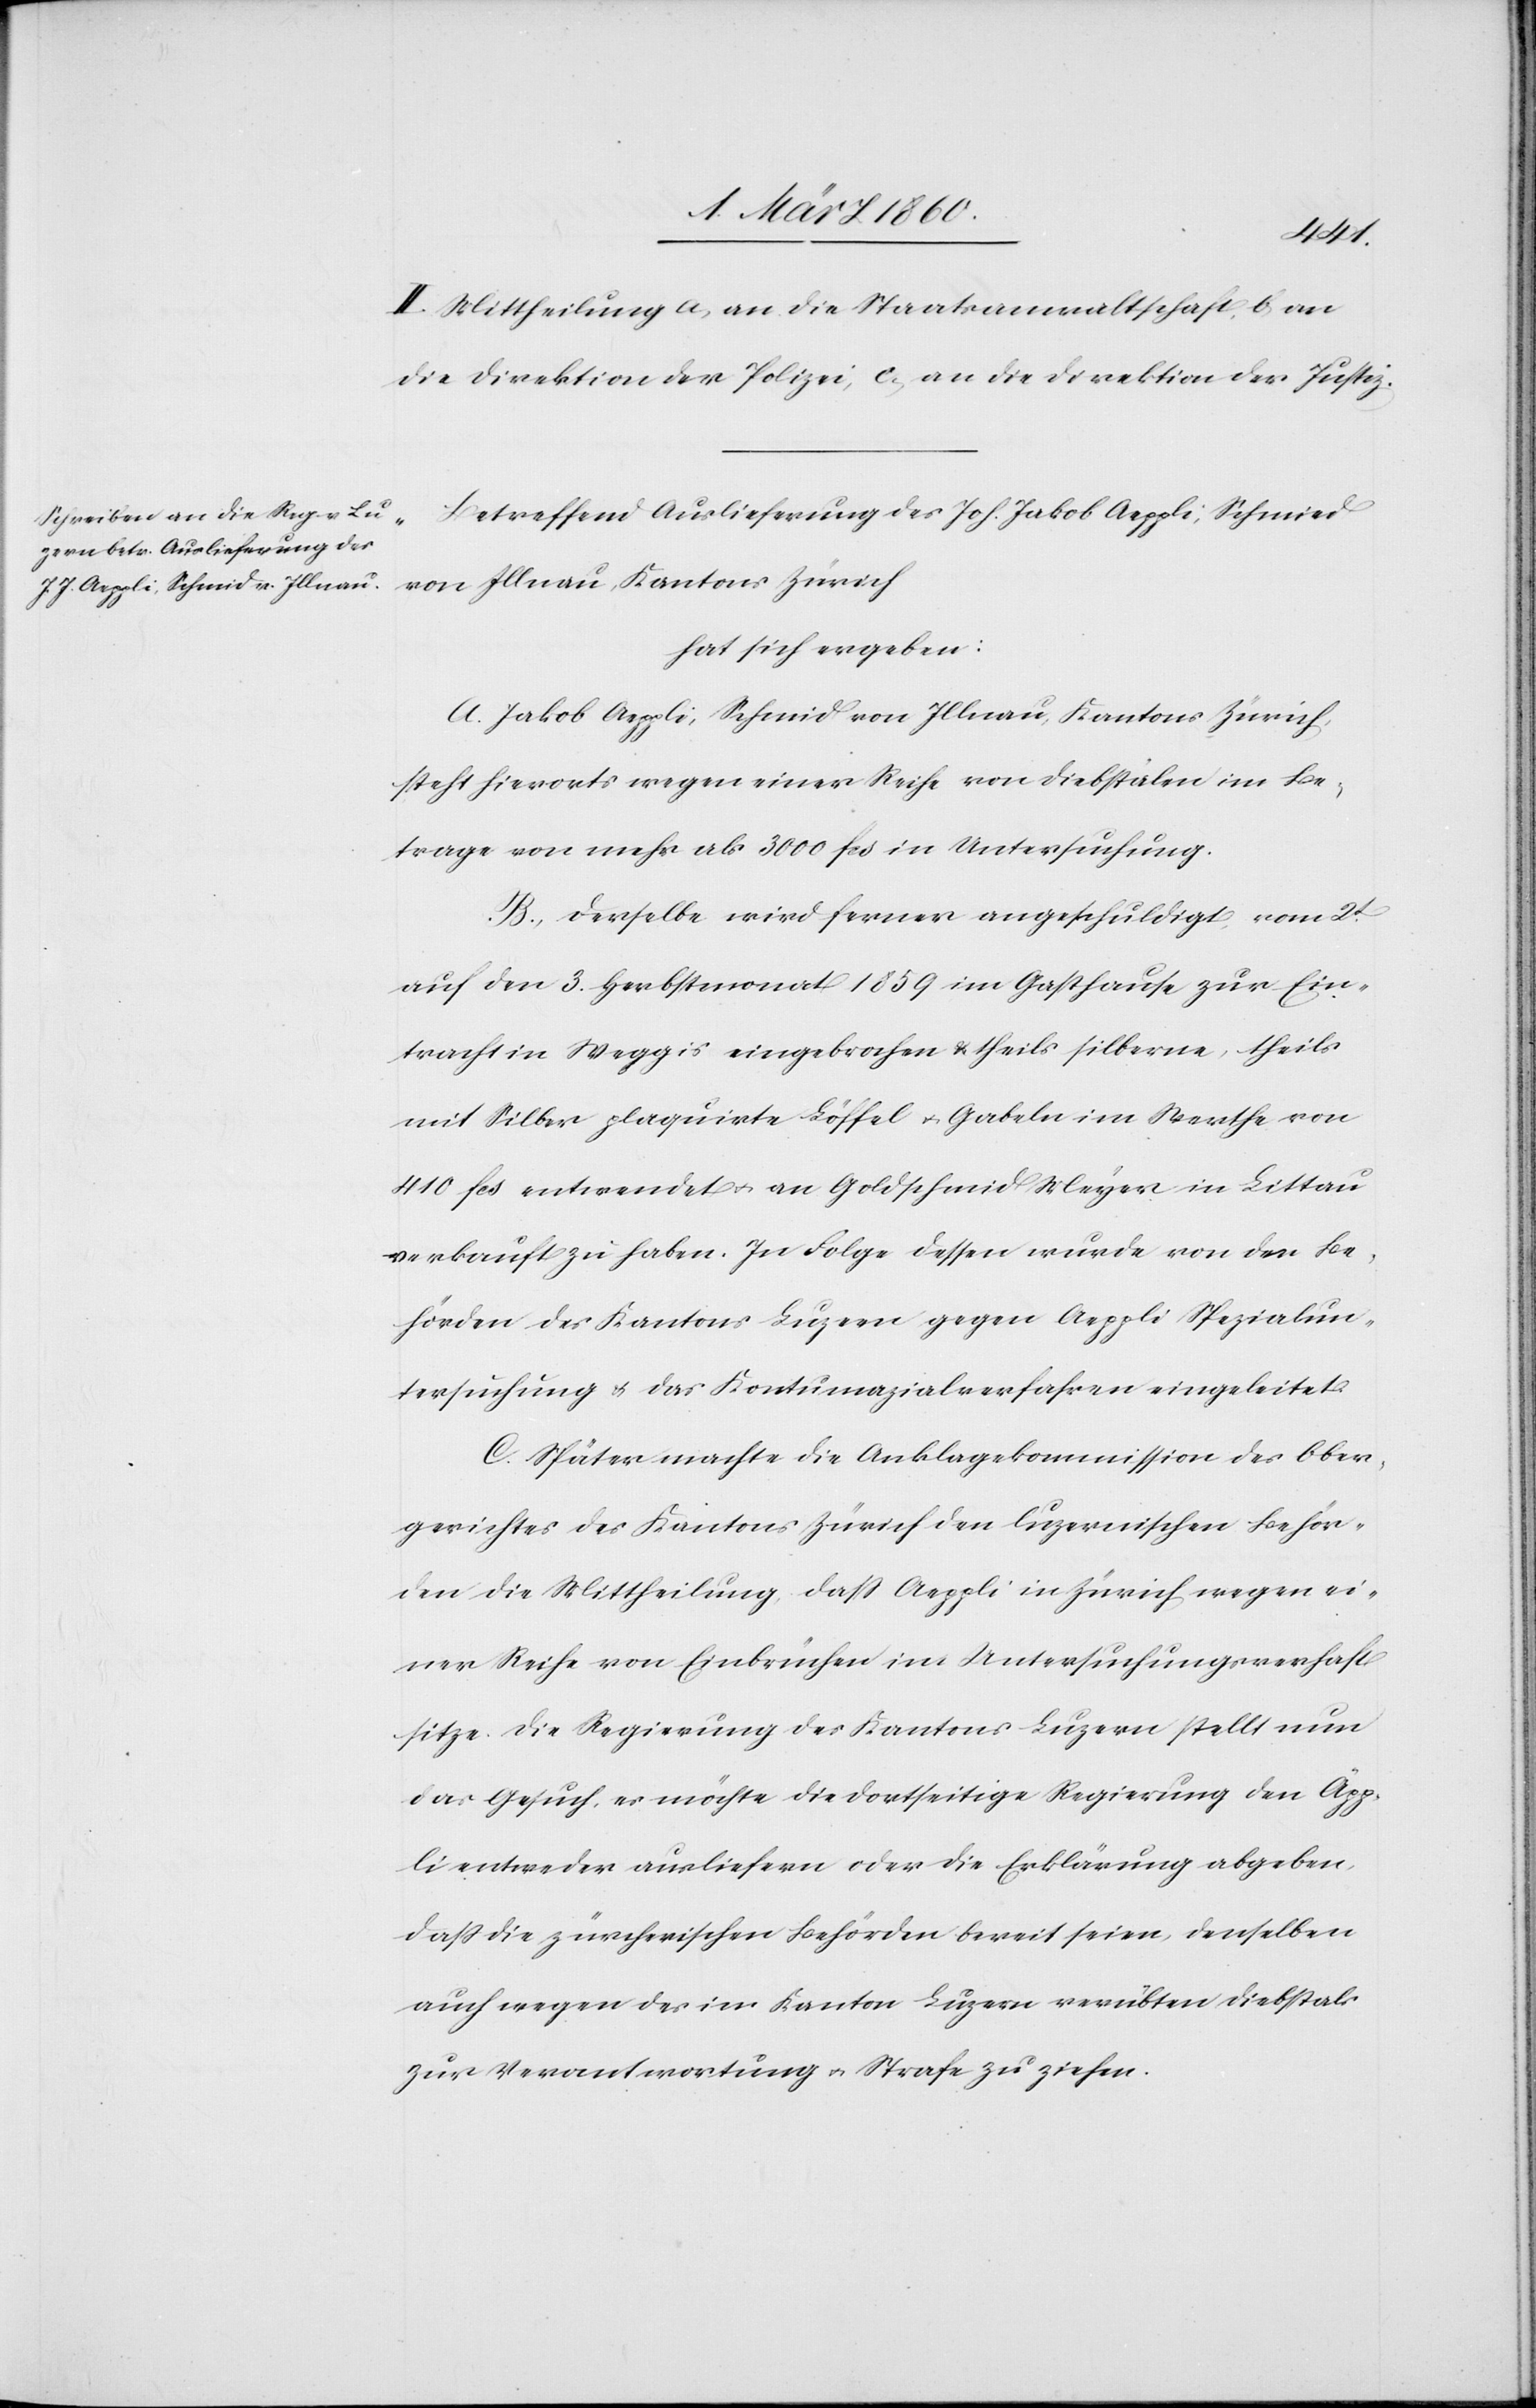
II. Mittheilung a. an die Staatsanwaltschaft, b. an
die Direktion der Polizei, c. an die Direktion der Justiz.
Betreffend Auslieferung des Joh. Jakob Aeppli, Schmied
von Illnau, Kantons Zürich
hat sich ergeben:
A. Jakob Aeppli, Schmid von Illnau, Kantons Zürich,
steht hierorts wegen einer Reihe von Diebstälen im Be¬
trage von mehr als 3000 fcs. in Untersuchung.
B. Derselbe wird ferner angeschuldigt, vom 2t
auf den 3. Herbstmonat 1859 im Gasthause zur Ein¬
tracht in Weggis eingebrochen u. theils silberne, theils
mit Silber plaquirte Löffel u. Gabeln im Werthe von
410 fcs. entfernt u. an Goldschmid Meyer in Littau
verkauft zu haben. In Folge dessen wurde von den Be¬
hörden des Kantons Luzern gegen Aeppli Spezialun¬
tersuchung u. das Kontumazialverfahren eingeleitet.
C. Später machte die Anklagekommission des Ober¬
gerichtes des Kantons Zürich den luzernerischen Behör¬
den die Mittheilung, dass Aeppli in Zürich wegen ei¬
ner Reihe von Einbrüchen im Untersuchungsverhaft
sitze. Die Regierung des Kantons Luzern stellt nun
das Gesuch, es möchte die dortseitige Regierung den Äpp¬
li entweder ausliefern oder die Erklärung abgeben,
dass die zürcherischen Behörden bereit seien, denselben
auch wegen des im Kanton Luzern verübten Diebstals
zur Verantwortung u. Strafe zu ziehen.